画像に写った文字を読んでください
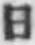
「日」と書いてあります